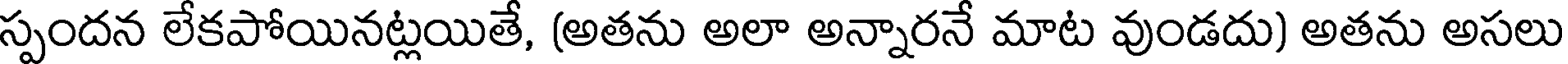
స్పందన లేకపోయినట్లయితే, (అతను అలా అన్నారనే మాట వుండదు) అతను అసలు